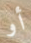
أو